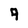
Character: 9